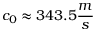
c _ { 0 } \approx 3 4 3 . 5 \frac { m } { s }